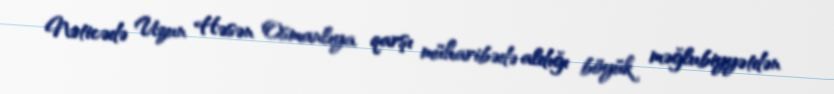
Nəticədə Uzun Həsən Osmanlıya qarşı müharibədə aldığı böyük məğlubiyyətdən